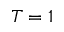
T = 1